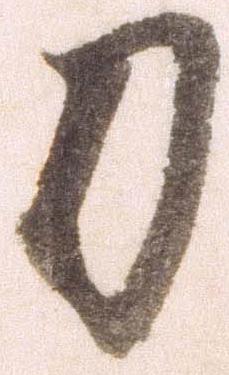
刀